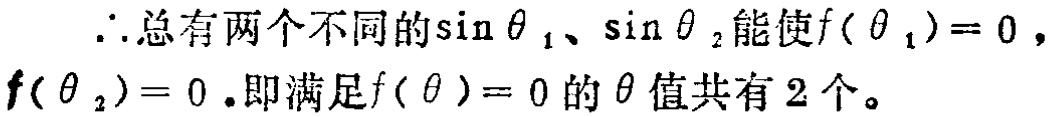
\(\therefore\)总有两个不同的\(\sin\theta_1\)、\(\sin\theta_2\)能使\(f(\theta_1) = 0\)，\(f(\theta_2)=0\).即满足\(f(\theta)=0\)的\(\theta\)值共有\(2\)个。